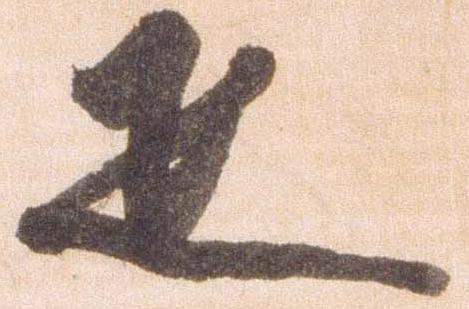
疋